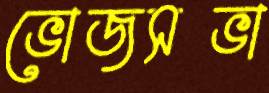
ভোজসভা